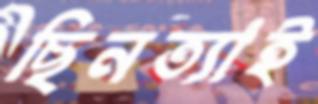
ছিনত্যাই